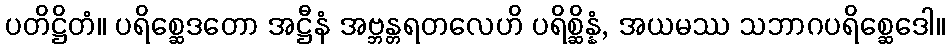
ပတိဋ္ဌိတံ။ ပရိစ္ဆေဒတော အဋ္ဌီနံ အဗ္ဘန္တရတလေဟိ ပရိစ္ဆိန္နံ, အယမဿ သဘာဂပရိစ္ဆေဒေါ။